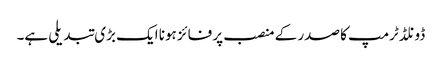
ڈونلڈ ٹرمپ کا صدر کے منصب پر فائز ہونا ایک بڑی تبدیلی ہے۔